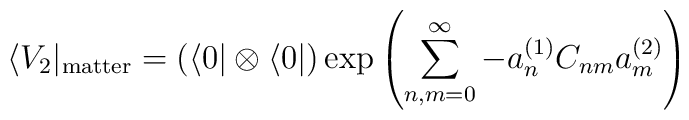
\langle V_2 |_{{\rm matter}} =\left(\langle 0 | \otimes \langle 0 |\right)\exp\left( \sum_{n, m = 0}^{ \infty} -a_n^{(1)}  C_{nm} a_m^{ (2)} \right)